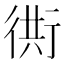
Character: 衖